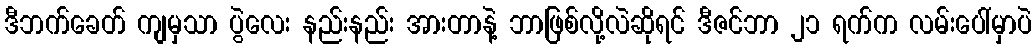
ဒီဘက်ခေတ် ကျမှသာ ပွဲလေး နည်းနည်း အားတာနဲ့ ဘာဖြစ်လို့လဲဆိုရင် ဒီဇင်ဘာ ၂၁ ရက်က လမ်းပေါ်မှာပဲ